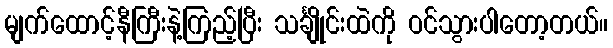
မျက်ထောင့်နီကြီးနဲ့ကြည့်ပြီး သင်္ချိုင်းထဲကို ဝင်သွားပါတော့တယ်။